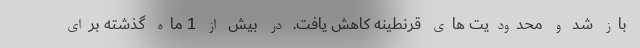
باز شد و محدودیت های قرنطینه کاهش یافت. در بیش از 1 ماه گذشته برای